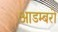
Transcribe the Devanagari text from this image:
आडम्बरो